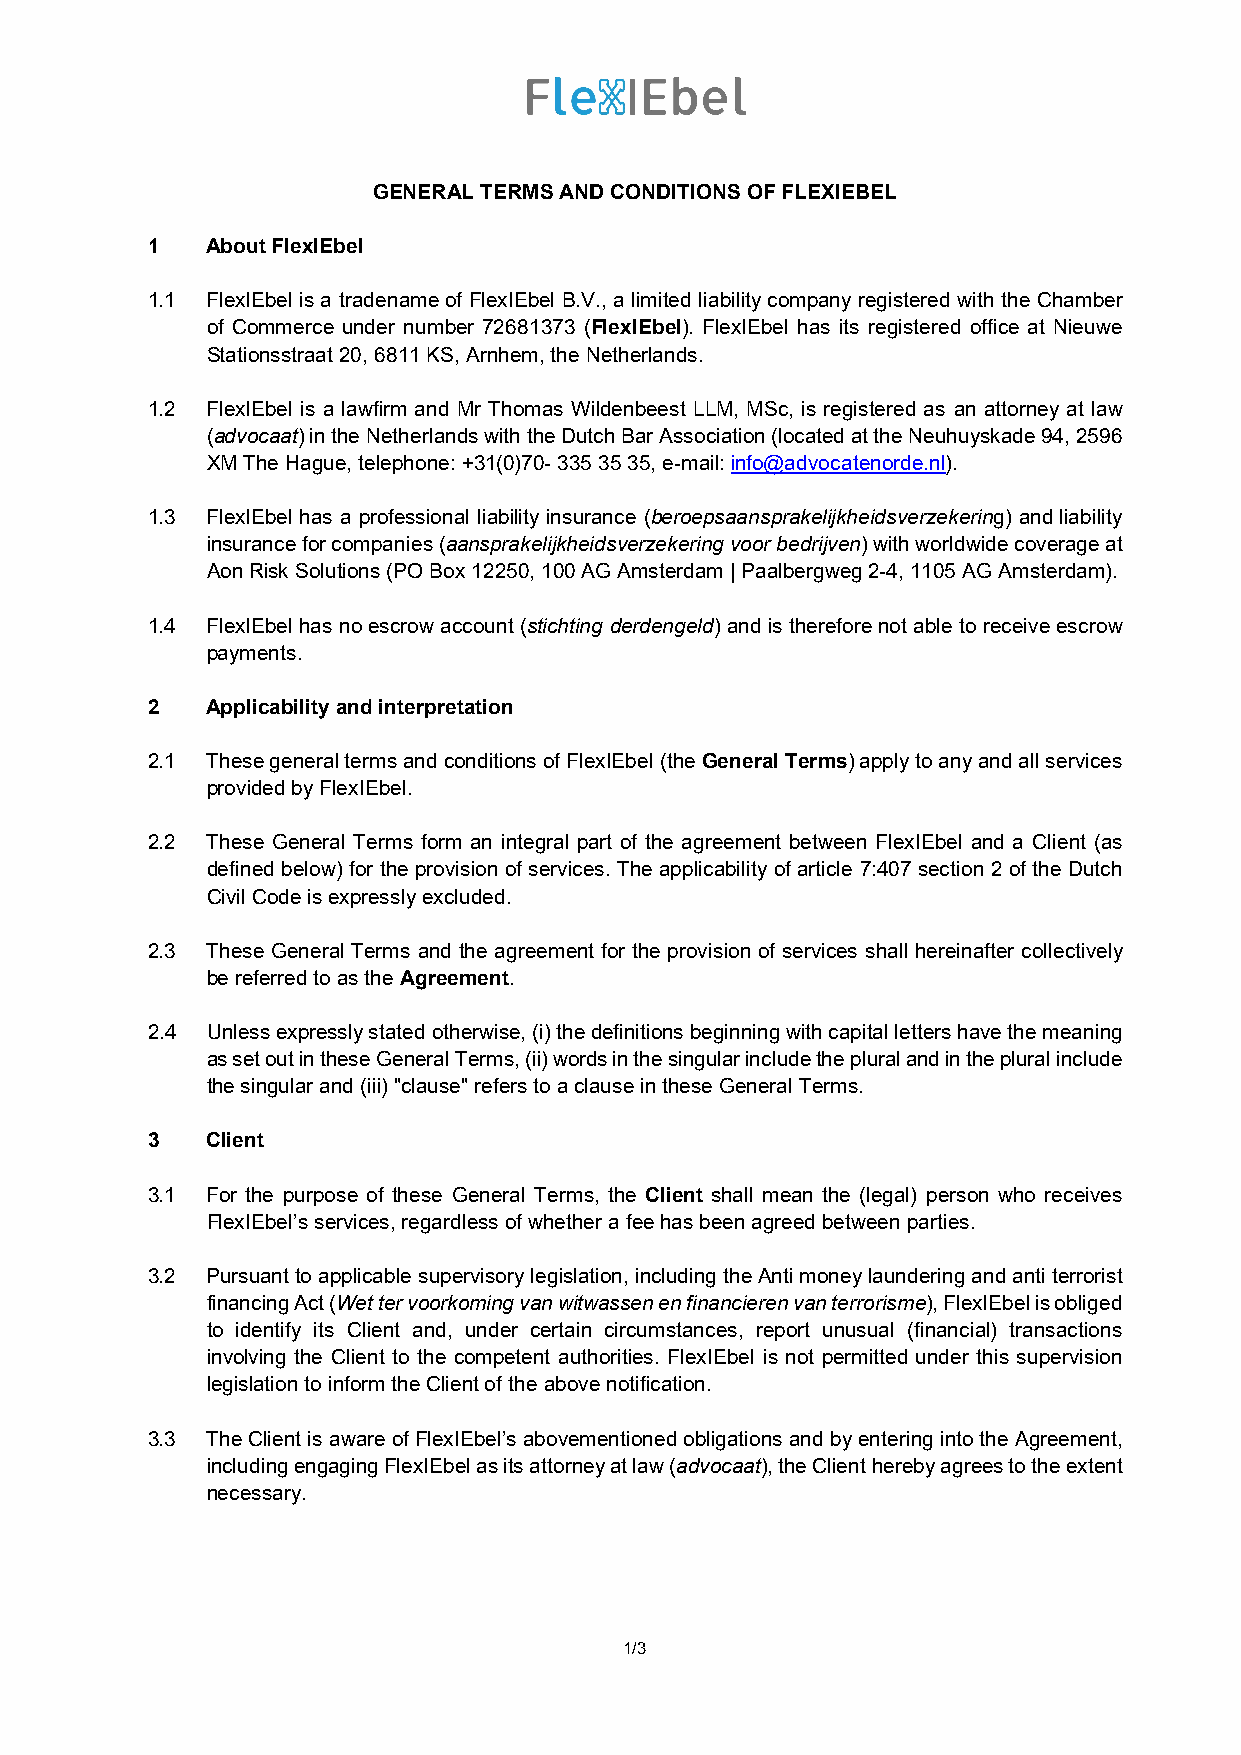
GENERAL TERMS AND CONDITIONS OF FLEXIEBEL
 1   About FlexIEbel
 1.1 FlexIEbel is a tradename of FlexIEbel B.V., a limited liability company registered with the Chamber
 of Commerce under number 72681373 (FlexIEbel). FlexIEbel has its registered office at Nieuwe
 Stationsstraat 20, 6811 KS, Arnhem, the Netherlands.
 1.2 FlexIEbel is a lawfirm and Mr Thomas Wildenbeest LLM, MSc, is registered as an attorney at law
 (advocaat) in the Netherlands with the Dutch Bar Association (located at the Neuhuyskade 94, 2596
 XM The Hague, telephone: +31(0)70- 335 35 35, e-mail: info@advocatenorde.nl).
 1.3 FlexIEbel has a professional liability insurance (beroepsaansprakelijkheidsverzekering) and liability
 insurance for companies (aansprakelijkheidsverzekering voor bedrijven) with worldwide coverage at
 Aon Risk Solutions (PO Box 12250, 100 AG Amsterdam | Paalbergweg 2-4, 1105 AG Amsterdam).
 1.4 FlexIEbel has no escrow account (stichting derdengeld) and is therefore not able to receive escrow
 payments.
 2   Applicability and interpretation
 2.1 These general terms and conditions of FlexIEbel (the General Terms) apply to any and all services
 provided by FlexIEbel.
 2.2 These General Terms form an integral part of the agreement between FlexIEbel and a Client (as
 defined below) for the provision of services. The applicability of article 7:407 section 2 of the Dutch
 Civil Code is expressly excluded.
 2.3 These General Terms and the agreement for the provision of services shall hereinafter collectively
 be referred to as the Agreement.
 2.4 Unless expressly stated otherwise, (i) the definitions beginning with capital letters have the meaning
 as set out in these General Terms, (ii) words in the singular include the plural and in the plural include
 the singular and (iii) "clause" refers to a clause in these General Terms.
 3   Client
 3.1 For the purpose of these General Terms, the Client shall mean the (legal) person who receives
 FlexIEbel’s services, regardless of whether a fee has been agreed between parties.
 3.2 Pursuant to applicable supervisory legislation, including the Anti money laundering and anti terrorist
 financing Act (Wet ter voorkoming van witwassen en financieren van terrorisme), FlexIEbel is obliged
 to identify its Client and, under certain circumstances, report unusual (financial) transactions
 involving the Client to the competent authorities. FlexIEbel is not permitted under this supervision
 legislation to inform the Client of the above notification.
 3.3 The Client is aware of FlexIEbel’s abovementioned obligations and by entering into the Agreement,
 including engaging FlexIEbel as its attorney at law (advocaat), the Client hereby agrees to the extent
 necessary.
 1/3